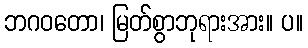
ဘဂဝတော၊ မြတ်စွာဘုရားအား။ ပ။